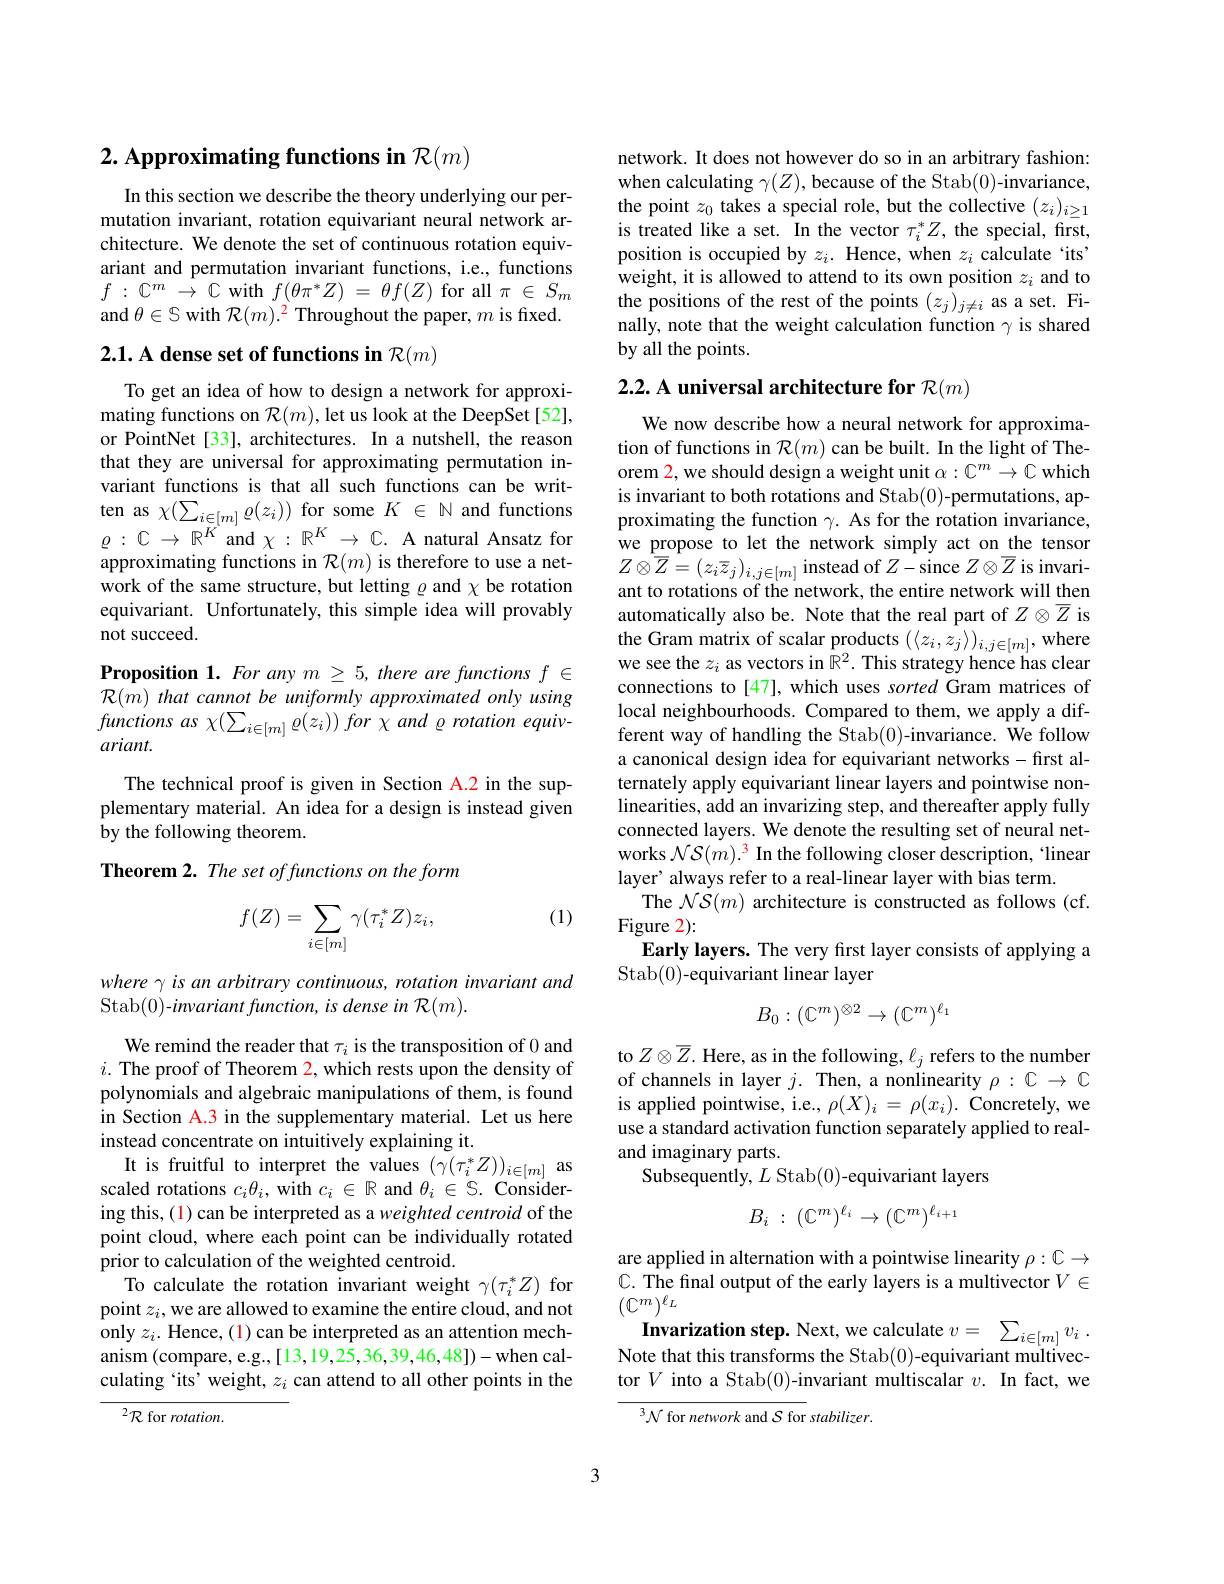
# 2. Approximating functions in $\mathcal{R}(m)$

In this section we describe the theory underlying our permutation invariant, rotation equivariant neural network architecture. We denote the set of continuous rotation equivariant and permutation invariant functions, i.e., functions $f:\mathbb{C}^m\to\mathbb{C}$ with $f(\theta\pi^*Z)=\theta f(Z)$ for all $\pi\in S_m$ and $\theta\in\mathbb{S}$ with $\mathcal{R}(m).^{\color{red}2}$ Throughout the paper, $m$ is fixed.

# 2.1. A dense set of functions in $\mathcal{R}(m)$

To get an idea of how to design a network for approximating functions on $\mathcal{R}(m)$,let us look at the DeepSet[52], or PointNet[33], architectures. In a nutshell, the reason that they are universal for approximating permutation invariant functions is that all such functions can be written as $\chi(\sum_{i\in[m]}\varrho(z_{i}))$ for some $K\in\mathbb{N}$ and functions $\varrho:\mathbb{C}\to\mathbb{R}^{\dot{K}}$ and $\chi:\mathbb{R}^{K}\to\mathbb{C}.$ A natural Ansatz for approximating functions in $\mathcal{R}(m)$ is therefore to use a network of the same structure, but letting $\varrho$ and $\chi$ be rotation equivariant. Unfortunately, this simple idea will provably not succeed.

Proposition 1. For any $m\geq5$, there are functions $f\in$ $\mathcal{R} ( m) \textit{that cannot be uniformly approximated only using}$ functions as $\chi ( \sum _{i\in [ m] }\varrho ( z_{i}) ) \textit{for and rotation equiv- }$ ariant.
The technical proof is given in Section A.2 in the supplementary material. An idea for a design is instead given by the following theorem.
Theorem 2. The set offunctions on the form

(1)
$$\begin{aligned}f(Z)=\sum_{i\in[m]}\gamma(\tau_i^*Z)z_i,\end{aligned}$$
where γ is an arbitrary continuous, rotation invariant and
Stab(0)-invariant function, is dense in {R}(m).

It is fruitful to interpret the values $(\gamma(\tau_i^*Z))_{i\in[m]}$ as

We remind the reader that $\tau_i$ is the transposition of 0 and $i.$ The proof of Theorem 2, which rests upon the density of polynomials and algebraic manipulations of them, is found in Section A.3 in the supplementary material. Let us here instead concentrate on intuitively explaining it.
scaled rotations $c_i\theta_i$, with $c_i\in\mathbb{R}$ and $\theta_i\in S.$ Considering this, (1) can be interpreted as a weighted centroid of the point cloud, where each point can be individually rotated prior to calculation of the weighted centroid.
To calculate the rotation invariant weight $\gamma(\tau_i^*Z)$ for point $z_i$,we are allowed to examine the entire cloud, and not only $z_i.$ Hence, (1) can be interpreted as an attention mechanism (compare, e.g.,[13,19,25,36,39,46,48])-when calculating `its' weight, $z_i$ can attend to all other points in the

${}^{2}{\mathcal R}$ for rotation.

network. It does not however do so in an arbitrary fashion: when calculating $\gamma(Z)$,because of the Stab(0)-invariance, the point $z_0$ takes a special role, but the collective $(z_i)_i\geq1$ is treated like a set. In the vector $\tau_i^*Z$, the special, first, position is occupied by $z_i.$ Hence, when $z_i$ calculate `its" weight, it is allowed to attend to its own position $z_i$ and to the positions of the rest of the points $(z_j)_{j\neq i}$ as a set. Finally, note that the weight calculation function $\gamma$ is shared by all the points.

# 2.2. A universal architecture for $\mathcal{R}(m)$

We now describe how a neural network for approximation of functions in $\mathcal{R}(m)$ can be built. In the light of Theorem 2, we should design a weight unit $\alpha:\mathbb{C}^m\to\mathbb{C}$ which is invariant to both rotations and Stab(0)-permutations, approximating the function $\gamma.$ As for the rotation invariance, we propose to let the network simply act on the tensor $Z\otimes\overline{\overline{Z}}=(z_{i}\overline{z}_{j})_{i,j\in[m]}$ instead of $Z-$since $Z\otimes\overline{Z}$ is invariant to rotations of the network, the entire network will then automatically also be. Note that the real part of $Z\otimes\overline{Z}$ is the Gram matrix of scalar products $( \langle z_{i}, z_{j}\rangle ) _{i, j\in [ m] }$,where we see the $z_{i}$ as vectors in $\mathbb{R} ^{2}.$ This strategy hence has clear connections to[47], which uses sorted Gram matrices of local neighbourhoods. Compared to them, we apply a different way of handling the $\hat{\mathrm{Stab}}(0)$-invariance. We follow a canonical design idea for equivariant networks-first alternately apply equivariant linear layers and pointwise nonlinearities, add an invarizing step, and thereafter apply fully connected layers. We denote the resulting set of neural networks $\mathcal{N}\mathcal{S}(m).^{3}$ In the following closer description,“linear layer' always refer to a real-linear layer with bias term.
The $\mathcal{N}\mathcal{S}(m)$ architecture is constructed as follows (cf.
Figure 2):
Early layers. The very first layer consists of applying a
Stab(0)-equivariant linear layer
$$B_0:(\mathbb{C}^m)^{\otimes2}\to(\mathbb{C}^m)^{\ell_1}$$
to $Z\otimes\overline{Z}.$ Here, as in the following, $\ell_j$ refers to the number of channels in layer $j.$ Then, a nonlinearity $\rho:\mathbb{C}\to\mathbb{C}$ is applied pointwise, i.e., $\rho(X)_i=\rho(x_i).$ Concretely, we use a standard activation function separately applied to realand imaginary parts.
Subsequently, $L$ Stab(0)-equivariant layers
$$B_{i}\::\:(\mathbb{C}^{m})^{\ell_{i}}\to(\mathbb{C}^{m})^{\ell_{i+1}}$$
are applied in alternation with a pointwise linearity $\rho:\mathbb{C}\to$ $\mathbb{C}.$ The final output of the early layers is a multivector $V\in$ $(\mathbb{C}^m-)^{\ell_L}$
Invarization step. Next, we calculate $v= \sum _{i\in [ m] }v_{i}$ . Note that this transforms the Stab(0)-equivariant multivector $V$ into a Stab(0)-invariant multiscalar $v.$ In fact, we

$^{3}\mathcal{N}$ for network and $\mathcal{S}$ for stabilizer.

3